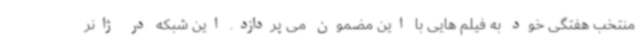
منتخب هفتگی خود به فیلم هایی با این مضمون می پردازد. این شبکه در ژانر